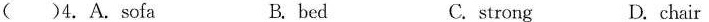
()4.A.sofa B.bed C. strong D.chair